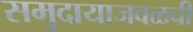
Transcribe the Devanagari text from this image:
समुदायाजवळची